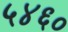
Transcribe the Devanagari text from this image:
५४६०